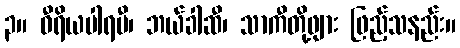
၃။ ဝီရိယပါရမီ၊ ဘယ်ခါဆီ၊ သာကီတို့ဖျား ဖြည့်သနည်း။